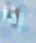
إذا